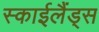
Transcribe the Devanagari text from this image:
स्‍काईलैंड्स